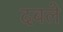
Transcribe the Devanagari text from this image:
दबले